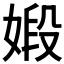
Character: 𪦋